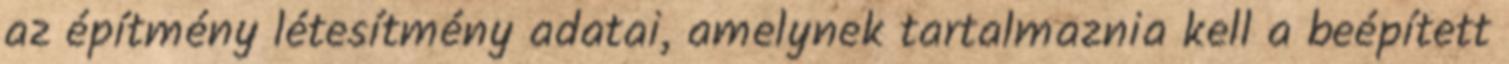
az építmény létesítmény adatai, amelynek tartalmaznia kell a beépített